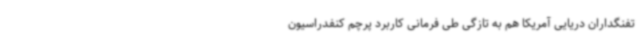
تفنگداران دریایی آمریکا هم به تازگی طی فرمانی کاربرد پرچم کنفدراسیون